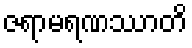
ဇရာမရဏဿာတိ